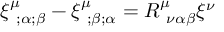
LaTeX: \xi _ { ~ ; \alpha ; \beta } ^ { \mu } - \xi _ { ~ ; \beta ; \alpha } ^ { \mu } = R _ { ~ \nu \alpha \beta } ^ { \mu } \xi ^ { \nu }